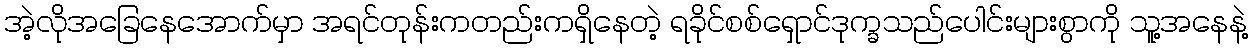
အဲ့လိုအခြေနေအောက်မှာ အရင်တုန်းကတည်းကရှိနေတဲ့ ရခိုင်စစ်ရှောင်ဒုက္ခသည်ပေါင်းများစွာကို သူ့အနေနဲ့